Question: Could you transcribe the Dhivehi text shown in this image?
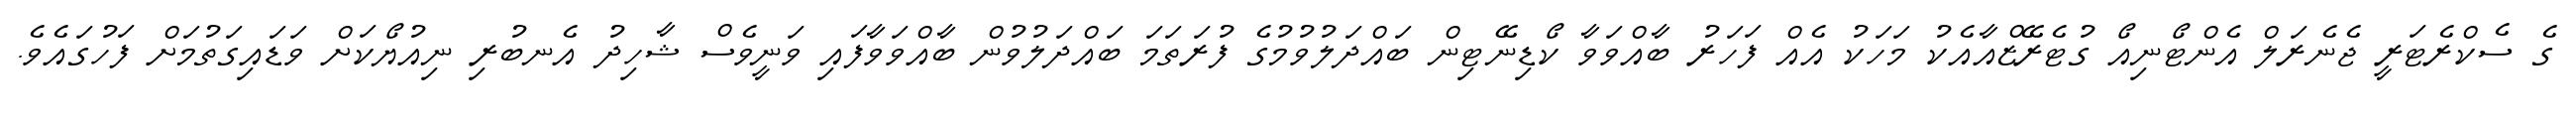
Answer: ގެ ސެކްރެޓަރީ ޖެނެރަލް އެންޓޯނިއޯ ގުޓެރޭޒްއާއެކު މަހަކު އެއް ފަހަރު ބާއްވަވާ ކޯޑިނޭޓިން ބައްދަލުވުމުގެ ފުރަތަމަ ބައްދަލުވުން ބާއްވަވާފައި ވަނީވެސް ޝާހިދު އެނބުރި ނިއުޔޯކަށް ވަޑައިގަތުމަށް ފަހުގައެވެ.